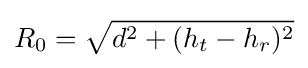
R_{0}={\sqrt {d^{2}+(h_{t}-h_{r})^{2}}}